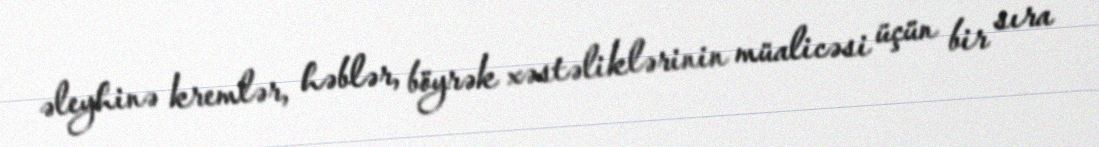
əleyhinə kremlər, həblər, böyrək xəstəliklərinin müalicəsi üçün bir sıra